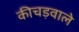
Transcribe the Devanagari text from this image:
कीचड़वाले